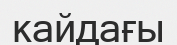
кайдағы